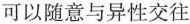
可以随意与异性交往